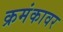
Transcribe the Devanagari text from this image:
क्रमंकावर